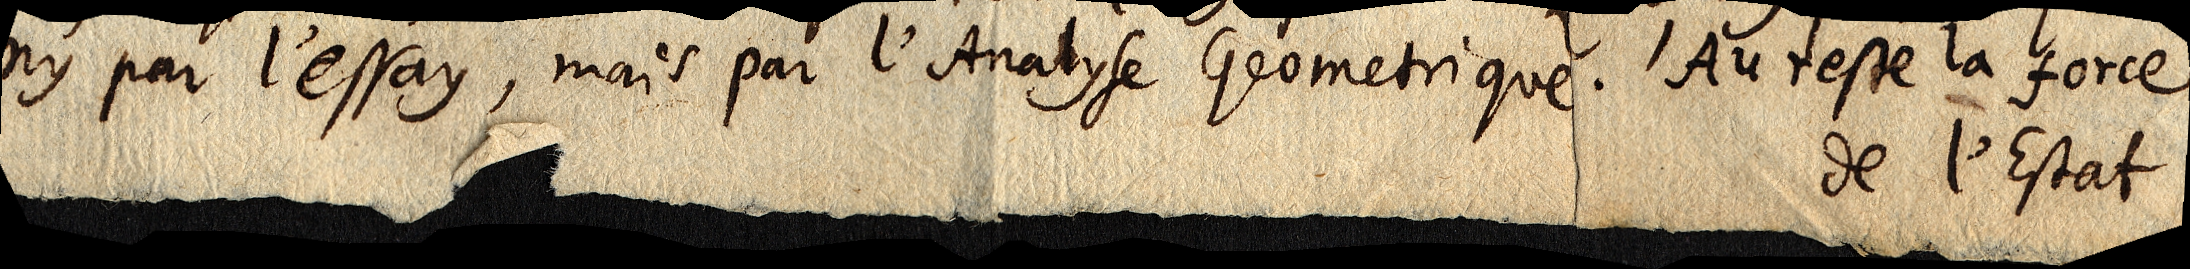
ny par l’essay, mais par l’Analyse Geometrique. Au reste la force